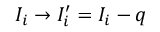
\begin{array} { r } { I _ { i } \to I _ { i } ^ { \prime } = I _ { i } - q } \end{array}